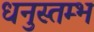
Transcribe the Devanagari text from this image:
धनुस्तम्भ